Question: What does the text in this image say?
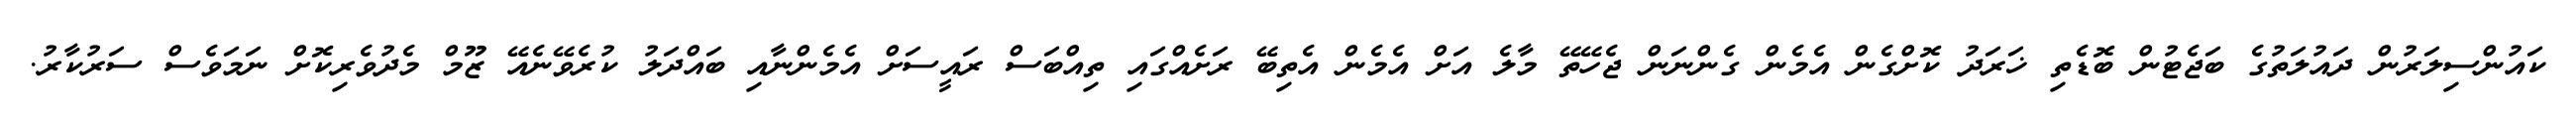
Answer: ކައުންސިލަރުން ދައުލަތުގެ ބަޖެޓުން ބޮޑެތި ޚަރަދު ކޮށްގެން އެމެން ގެންނަން ޖެހޭތޭ މާލެ އަށް އެމެން އެތިބޭ ރަށެއްގައި ތިއްބަސް ރައީސަށް އެމެންނާއި ބައްދަލު ކުރެވޭނެއޭ ޒޫމް މެދުވެރިކޮށް ނަމަވެސް ސަރުކާރު.